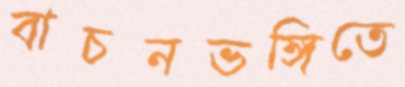
বাচনভঙ্গিতে